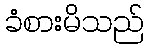
ခံစားမိသည်